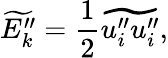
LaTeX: \widetilde{E_{k}^{\prime\prime}}=\frac{1}{2}\widetilde{u_{i}^{\prime\prime}u_{i}^{\prime\prime}},